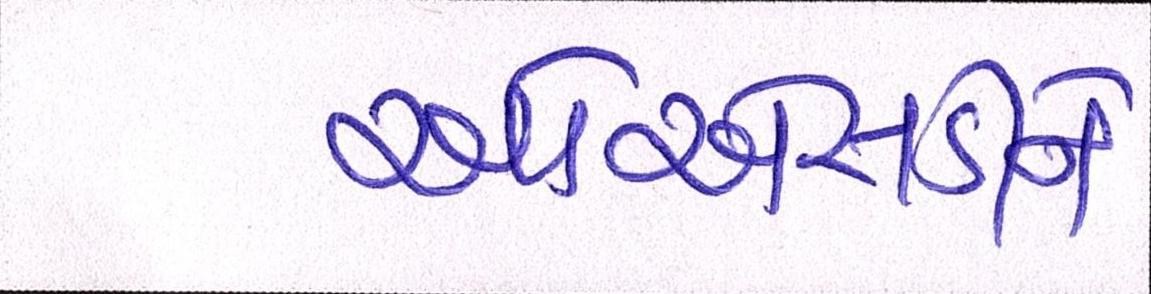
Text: ઓએસડીને